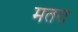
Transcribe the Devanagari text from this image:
मतरा